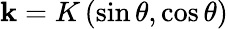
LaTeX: \mathbf{k}=K\left(\sin\theta,\cos\theta\right)